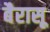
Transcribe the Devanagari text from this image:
बैरासू